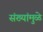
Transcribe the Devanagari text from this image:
संख्यांमुळे